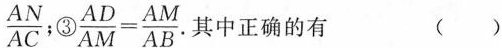
\frac{AN}{AC}; ③ $$\frac{AD}{AM}= \frac{AM}{AB}$$ .其中正确的有 ()